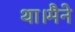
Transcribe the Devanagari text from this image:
था।मैने